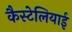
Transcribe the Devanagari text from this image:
कैस्टेलियाई